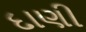
દાણી